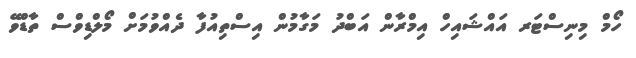
ހޯމް މިނިސްޓަރ އައްޝައިހް އިމްރާން އަބްދު މަގާމުން އިސްތިއުފާ ދެއްވުމަށް މޯލްޑިވްސް ތާޑްވޭ